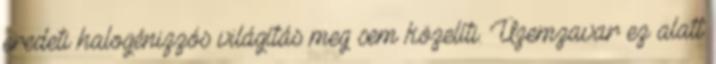
eredeti halogénizzós világítás meg sem közelíti. Üzemzavar ez alatt